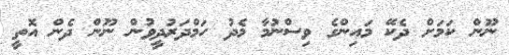
ނޫން ކަމަށް ދެކޭ މައިންގެ ވިސްނުމާ މެދު ހަމްދަރުދީވުން ނޫން ދެން އޮތީ